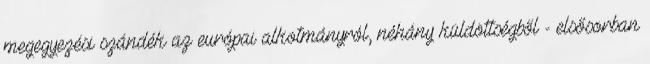
megegyezési szándék az európai alkotmányról, néhány küldöttségből - elsősorban